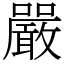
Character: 嚴